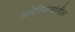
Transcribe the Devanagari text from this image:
अमेरिकनांतील